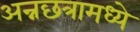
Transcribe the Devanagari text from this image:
अन्नछत्रामध्ये